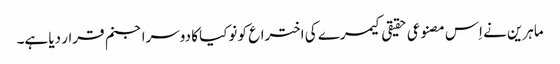
ماہرین نے اِس مصنوعی حقیقی کیمرے کی اختراع کو نوکیا کا دوسرا جنم قرار دیا ہے۔